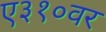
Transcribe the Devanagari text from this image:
ए३१०वर